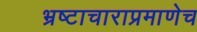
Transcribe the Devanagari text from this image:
भ्रष्टाचाराप्रमाणेच